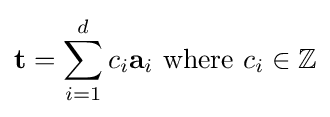
\mathbf {t} =\sum _{i=1}^{d}c_{i}\mathbf {a} _{i}{\text{ where }}c_{i}\in \mathbb {Z}